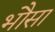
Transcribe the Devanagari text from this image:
भौसा